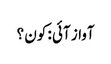
آواز آئی : کون ؟